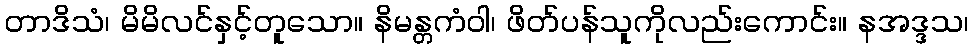
တာဒိသံ၊ မိမိလင်နှင့်တူသော။ နိမန္တကံဝါ၊ ဖိတ်ပန်သူကိုလည်းကောင်း။ နအဒ္ဒသ၊